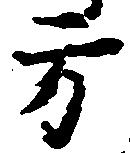
方